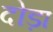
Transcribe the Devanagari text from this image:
दोड़ा